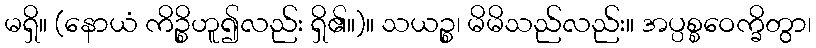
မရှိ။ (နောယံ ကိဉ္စိဟူ၍လည်း ရှိ၏။)။ သယဉ္စ၊ မိမိသည်လည်း။ အပ္ပစ္စဝေက္ခိတွာ၊